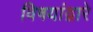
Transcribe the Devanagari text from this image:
विषयांद्वारे